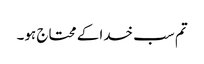
تم سب خدا کے محتاج ہو۔